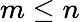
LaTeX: m\leq n